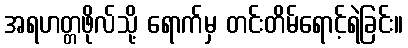
အရဟတ္တဖိုလ်သို့ ရောက်မှ တင်းတိမ်ရောင့်ရဲခြင်း။